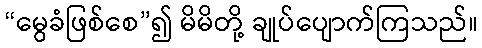
“မွေခံဖြစ်စေ”၍ မိမိတို့ ချုပ်ပျောက်ကြသည်။